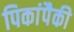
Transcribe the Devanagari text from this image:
पिकांपैकी